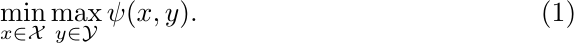
\begin{equation}\label{e-saddle}
\min_{x\in\mathcal{X}}\max_{y\in\mathcal{Y}}\psi(x,y).
\end{equation}